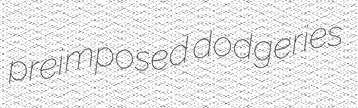
preimposed dodgeries